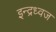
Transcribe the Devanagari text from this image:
इन्द्रध्वज